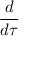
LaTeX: \frac { d } { d \tau }